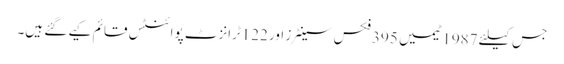
جس کیلئے 1987ٹیمیں 395فکس سینٹرز اور 122ٹرانزٹ پوائنٹس قائم کیے گئے ہیں۔